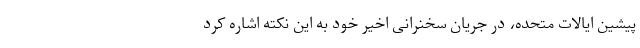
پیشین ایالات متحده، در جریان سخنرانی اخیر خود به این نکته اشاره کرد